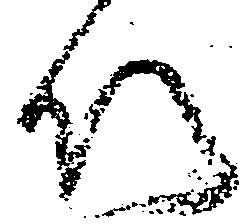
以